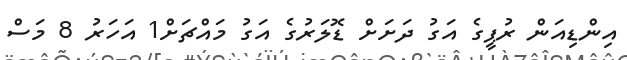
އިންޑިއަން ރުޕީގެ އަގު ދަށަށް ޑޮލަރުގެ އަގު މައްޗަށް1 އަހަރު 8 މަސް